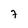
Character: 7